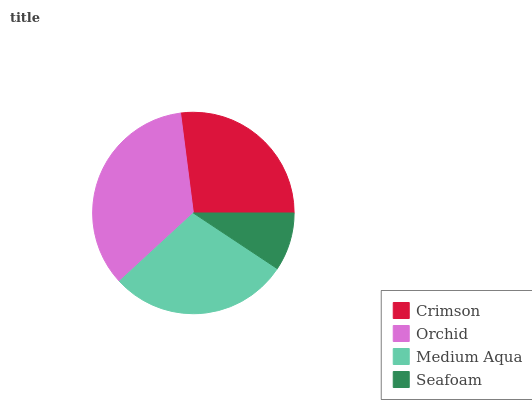
| Crimson | Orchid | Medium Aqua | Seafoam |
 | --- | --- | --- | --- |
 | 27% | 34.8% | 28.8% | 9.32% |